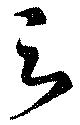
与